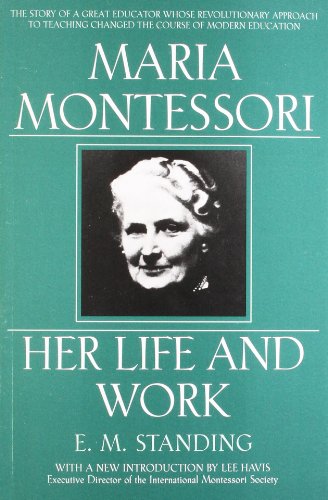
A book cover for Maria Montessori: Her Life and Work; E. M. Standing; Biographies & Memoirs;